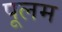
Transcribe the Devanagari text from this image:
पूलम